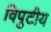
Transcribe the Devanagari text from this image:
विपुटीय